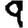
Digit: 9